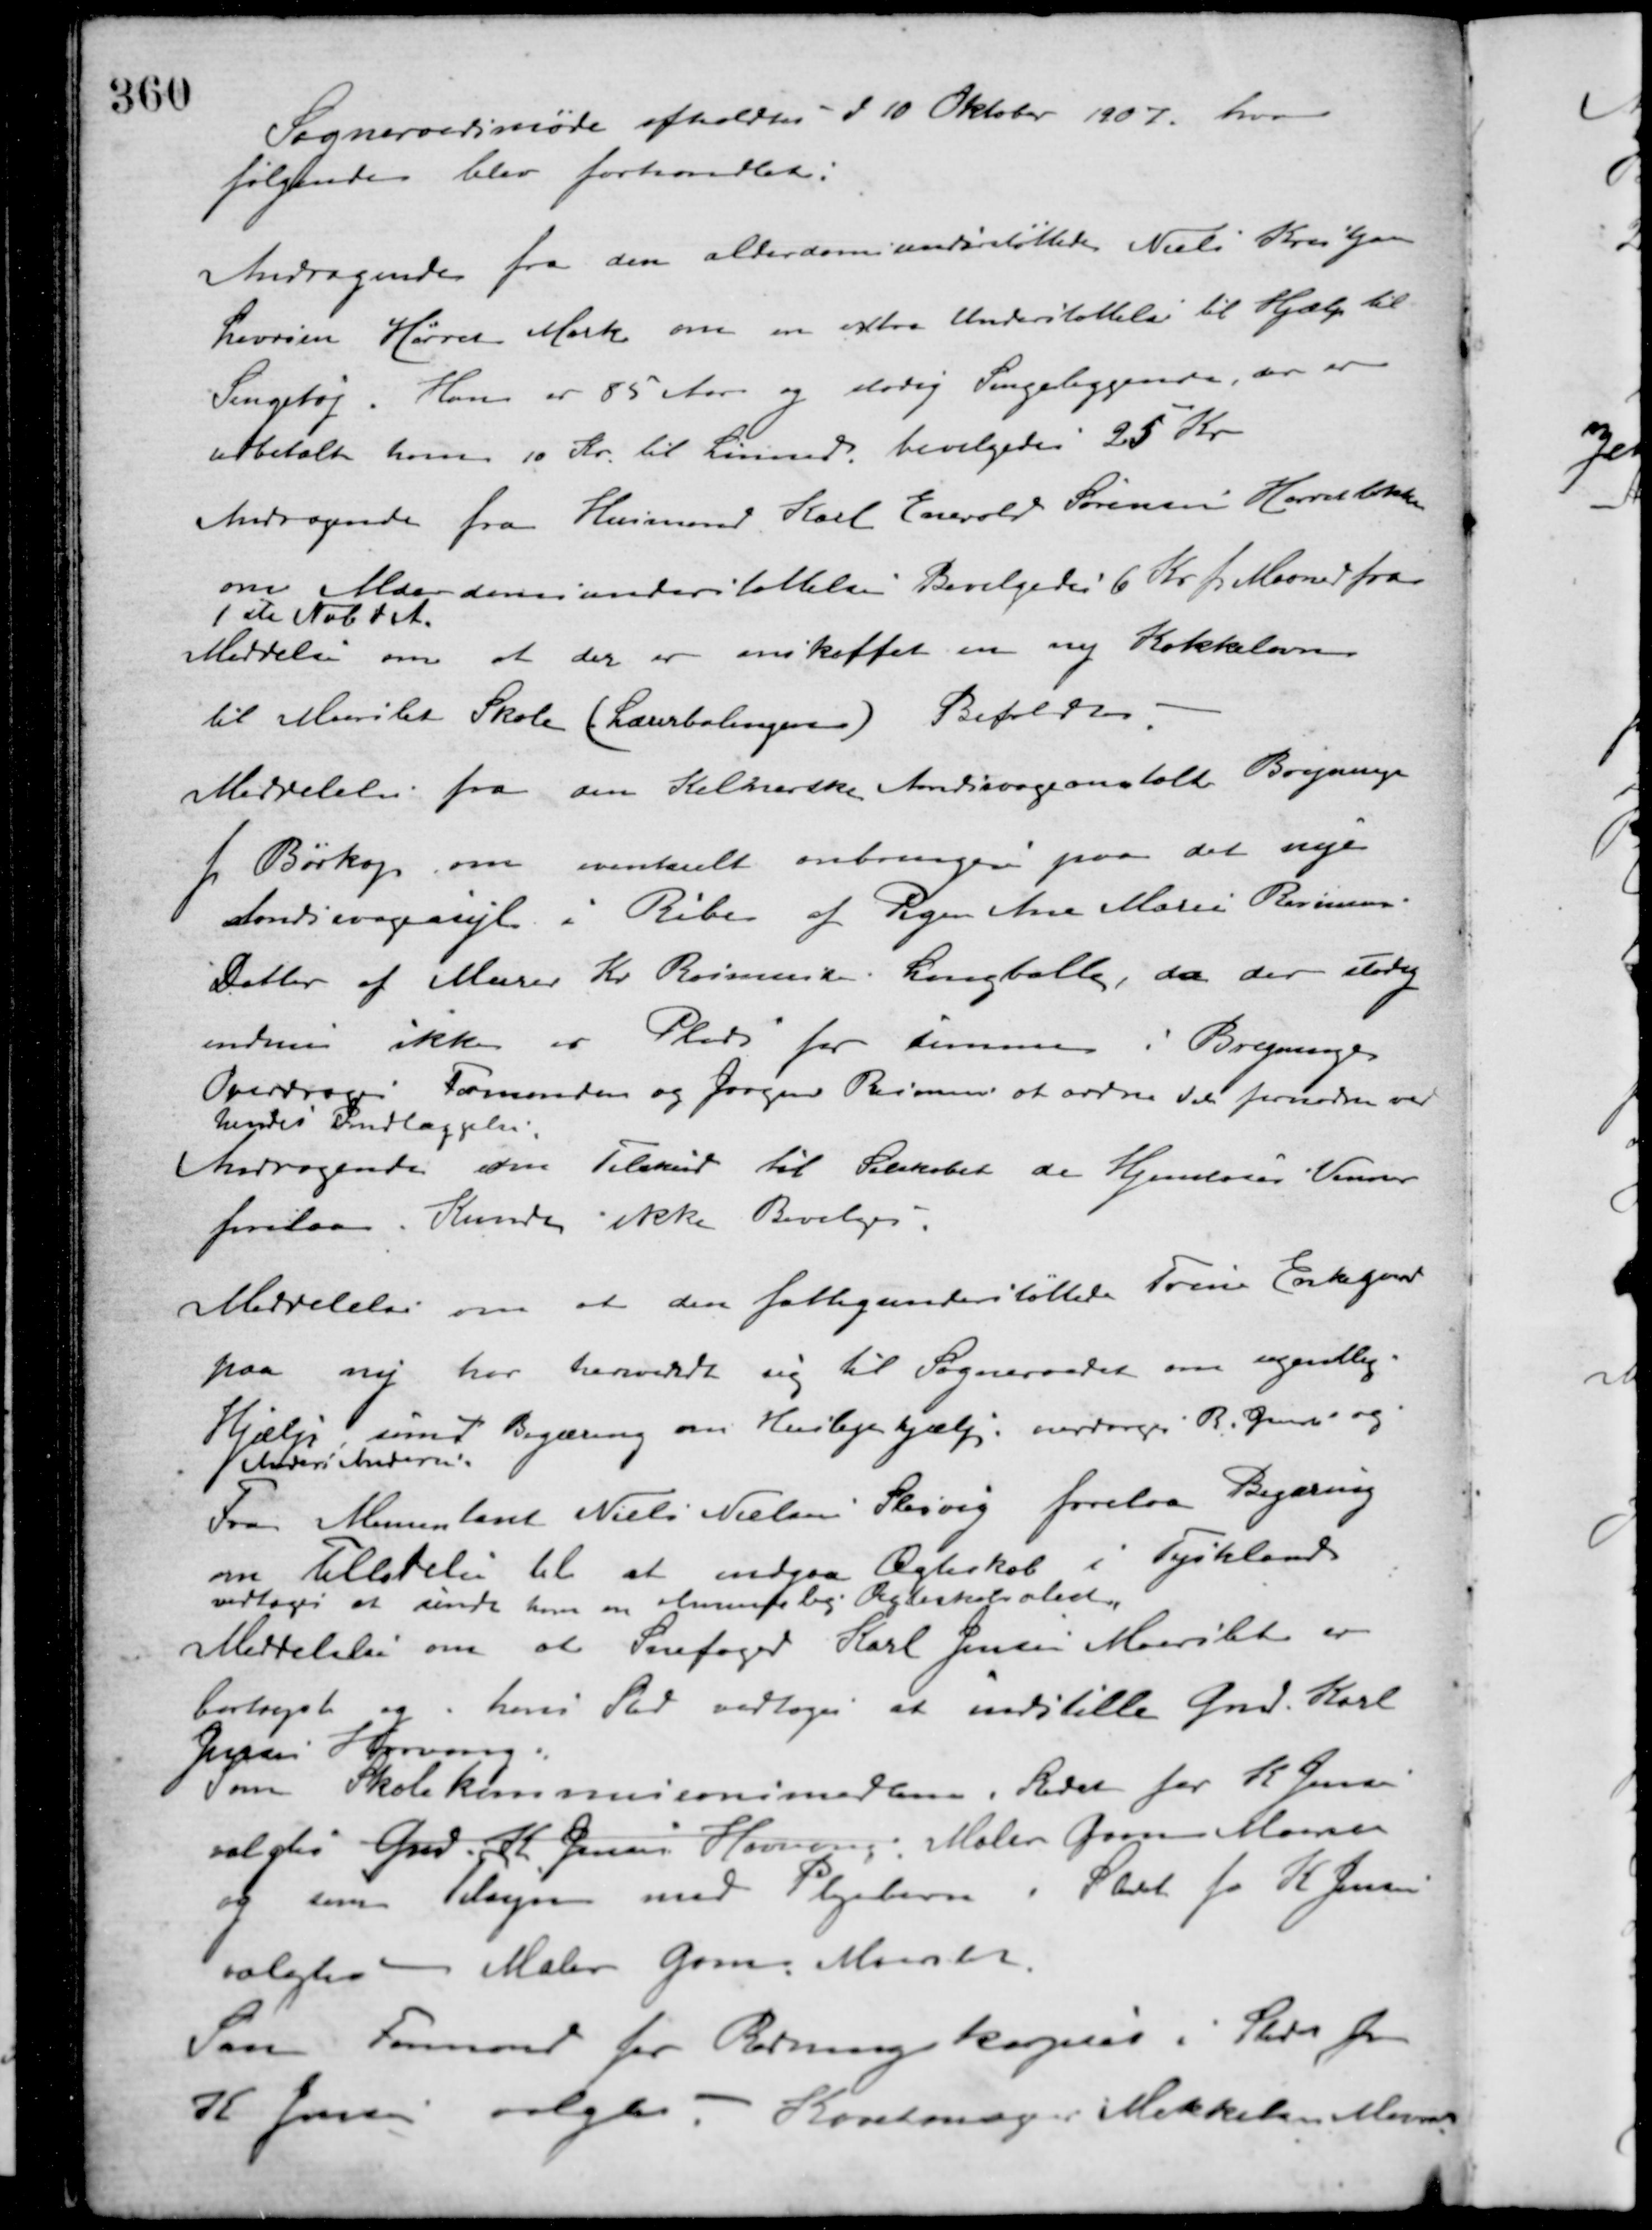
Transskription:
Sogneraadsmøde afholdtes d. 10 Oktober 1907, hvor
følgende blev forhandlet:
Andragende fra den alderdomsunderstøttede Niels Kristjan
Laursen Hørret Mark om en extra Understøttelse til Hjælp til
Sengetøj. Han er 85 Aar og stadig Sengeliggende, der er
udbetalt ham 10 Kr. til Linned, bevilgedes 25 Kr.
Andragende fra Husmand Karl Enevold Sørensen Hørretløkken
om Alderdomsunderstøttelse Bevilgedes 6 Kr. pr. Maaned fra
1ste Nob. d. A.
Meddelelse om at der er anskaffet en ny Kakkelovn
til Marslet Skole (Lærerboligen) Beholdtes.
Meddelelse fra den Kellerske Aandssvageanstalt Brejninge
pr. Børkop, om eventuelt anbringelse paa det nye
Aandssvageasyl i Ribe af Pigen Ane Marie Rasmussen.
Datter af Murer Kr. Rasmussen, Langballe, da der stadig
endnu ikke er Plads for samme i Brejninge.
Overdroges Formanden og Jørgen Rasmussen at ordne det fornødne ved
hendes Indlæggelse.
Andragende om Tilskud til Selskabet de Hjemløses Venner
forelaa. Kunde ikke Bevilges.
Meddelelse om at den fattigunderstøttede Trine Erkegaard
paa ny har henvendt sig til Sogneraadet om ugentlig
Hjælp, samt Begæring om Huslejehjælp, overdroges R. Jensen og
Anders Andersen.
Fra Alimentant Niels Nielsens Slesvig forelaa Begæring
om Tilladelse til at indgaa Ægteskab i Tyskland
vedtoges at sende ham en almindelig Ægteskabsoled
Meddelelse om at Snefoged Karl Jensen Maarslet er
bortrejst og i hans Sted vedtoges at indstille Gmd. Karl
Jessen Hørning.
Som Skolekommissionsmedlem i Stedet for K. Jensen
valgtes Gmd. A. Jensen Hørning, Maler Gam Maarslet
og som Tilsyn med Plejebarn i Stedet for K. Jensen
valgtes Maler Gam, Maarslet.
Som Formand for Redningskorpset i Stedet for
K Jensen valgtes i Karetmager Mikkelsen Maarslet.